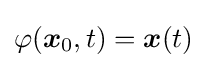
\varphi ({\boldsymbol {x}}_{0},t)={\boldsymbol {x}}(t)